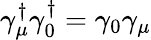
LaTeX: \gamma_{\mu}^{\dagger}\gamma_{0}^{\dagger}=\gamma_{0}\gamma_{\mu}